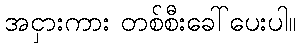
အငှားကား တစ်စီးခေါ်ပေးပါ။